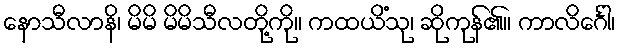
နောသီလာနိ၊ မိမိ မိမိသီလတို့ကို။ ကထယိံသု၊ ဆိုကုန်၏။ ကာလိင်္ဂေါ၊